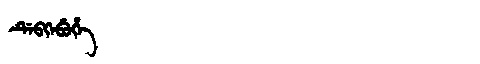
Manchu: ᡩᡝᠪᡴᡝᠪᡠᡥᡝ
Romanization: DEBKEBUHE